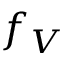
f _ { V }